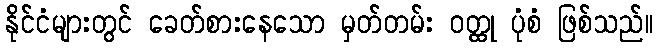
နိုင်ငံများတွင် ခေတ်စားနေသော မှတ်တမ်း ဝတ္ထု ပုံစံ ဖြစ်သည်။